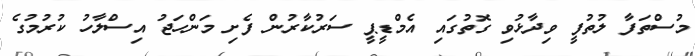
މުސްތަފާ ލުތުފީ ވިދާޅުވި ގޮތުގައި އެމްޑީޕީ ސަރުކާރުން ފެށި މަންހަޖު އިސްލާހު ކުރުމުގެ